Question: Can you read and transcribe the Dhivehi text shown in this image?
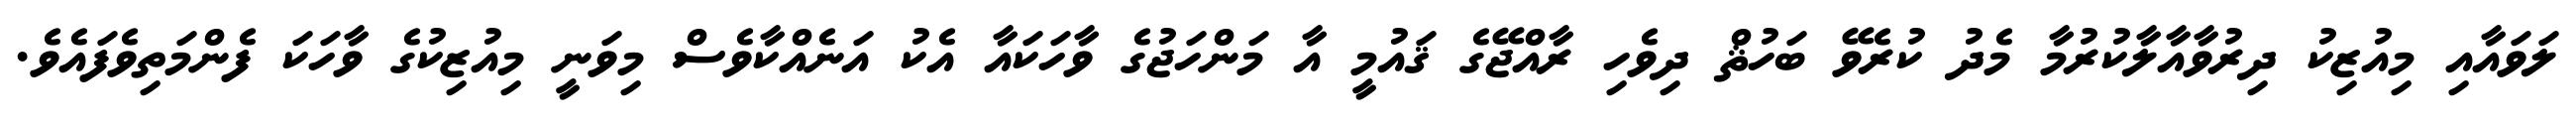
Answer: ލަވައާއި މިއުޒިކު ދިރުވާއާލާކުރުމާ މެދު ކުރެވޭ ބަހުޘް ދިވެހި ރާއްޖޭގެ ޤައުމީ އާ މަންހަޖުގެ ވާހަކައާ އެކު އަނެއްކާވެސް މިވަނީ މިއުޒިކުގެ ވާހަކަ ފެންމަތިވެފައެވެ.